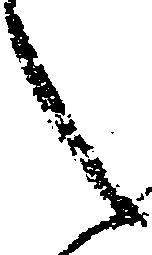
之